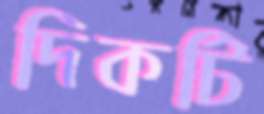
দিকটি